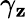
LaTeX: \gamma_{\mathbf{z}}